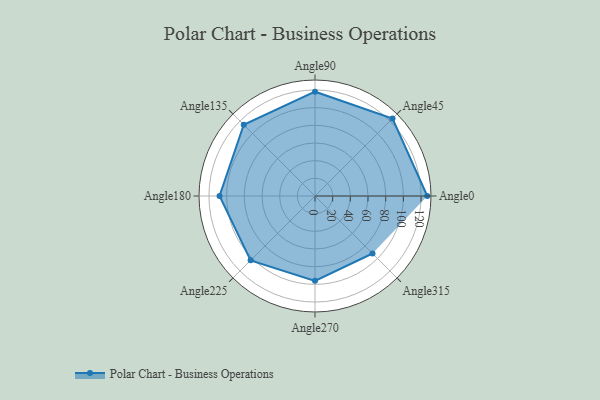
{"axis": {"x": "Angle", "y": "Radius"}, "legend": [""], "data": [{"x": "Angle0", "y": 127.0, "type": ""}, {"x": "Angle45", "y": 124.0, "type": ""}, {"x": "Angle90", "y": 118.0, "type": ""}, {"x": "Angle135", "y": 114.0, "type": ""}, {"x": "Angle180", "y": 108.0, "type": ""}, {"x": "Angle225", "y": 103.0, "type": ""}, {"x": "Angle270", "y": 96.0, "type": ""}, {"x": "Angle315", "y": 92.0, "type": ""}]}